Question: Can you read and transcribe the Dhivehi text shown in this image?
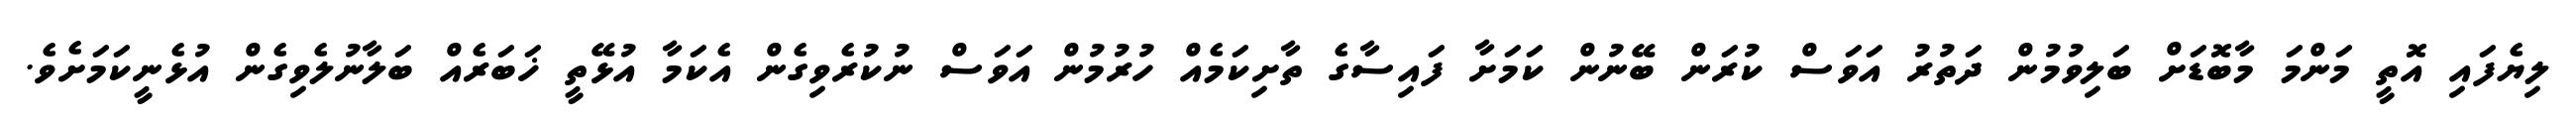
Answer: ލިޔެފައި އޮތީ މަންމަ މާބޮޑަށް ބަލިވުމުން ދަތުރު އަވަސް ކުރަން ބޭނުން ކަމަށާ ފައިސާގެ ތާށިކަމެއް ހުރުމުން އަވަސް ނުކުރެވިގެން އެކަމާ އުޅޭތީ ޚަބަރެއް ބަލާނުލެވިގެން އުޅެނީކަމަށެވެ.